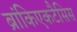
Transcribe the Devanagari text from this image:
ब्रांकिएकटैसिस